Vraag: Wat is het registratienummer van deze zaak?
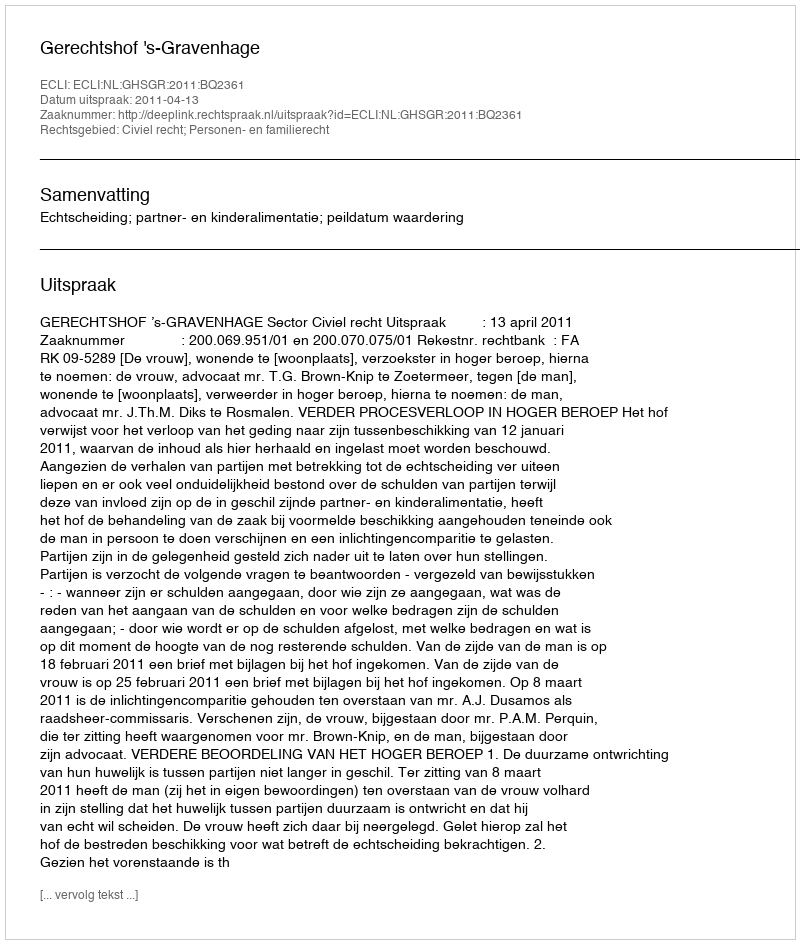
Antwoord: http://deeplink.rechtspraak.nl/uitspraak?id=ECLI:NL:GHSGR:2011:BQ2361